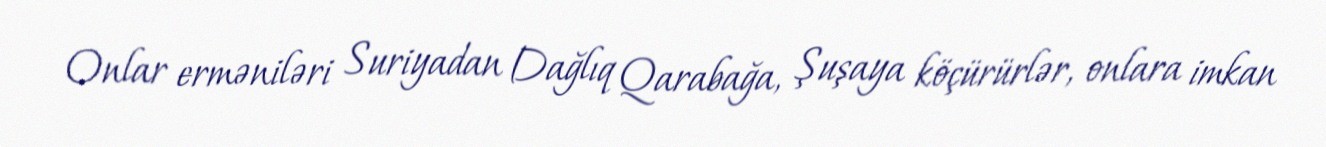
Onlar erməniləri Suriyadan Dağlıq Qarabağa, Şuşaya köçürürlər, onlara imkan